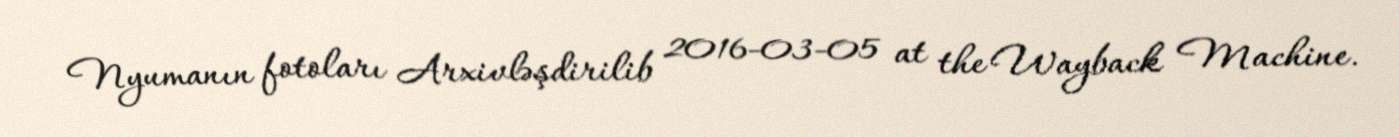
Nyumanın fotoları Arxivləşdirilib 2016-03-05 at the Wayback Machine.